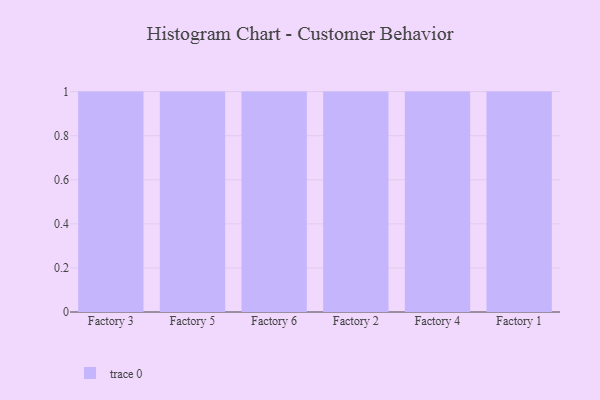
{"axis": {"x": "Factory", "y": "Page Views"}, "legend": [""], "data": [{"x": "Factory 3", "y": 92, "type": ""}, {"x": "Factory 5", "y": 98, "type": ""}, {"x": "Factory 6", "y": 70, "type": ""}, {"x": "Factory 2", "y": 58, "type": ""}, {"x": "Factory 4", "y": 92, "type": ""}, {"x": "Factory 1", "y": 13, "type": ""}]}